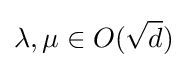
\lambda ,\mu \in O({\sqrt {d}})